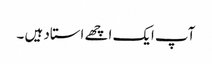
آپ ایک اچھے استاد ہیں ۔